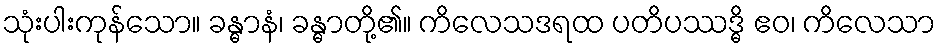
သုံးပါးကုန်သော။ ခန္ဓာနံ၊ ခန္ဓာတို့၏။ ကိလေသဒရထ ပတိပဿဒ္ဓိ ဧဝ၊ ကိလေသာ